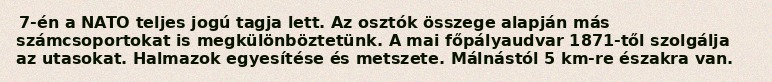
7-én a NATO teljes jogú tagja lett. Az osztók összege alapján más számcsoportokat is megkülönböztetünk. A mai főpályaudvar 1871-től szolgálja az utasokat. Halmazok egyesítése és metszete. Málnástól 5 km-re északra van.